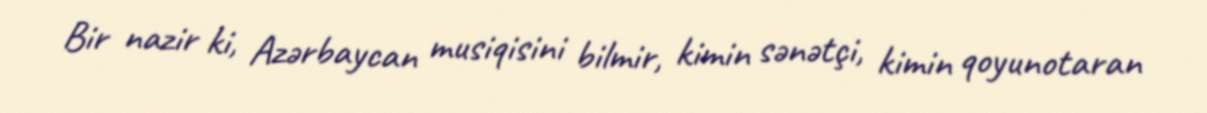
Bir nazir ki, Azərbaycan musiqisini bilmir, kimin sənətçi, kimin qoyunotaran